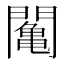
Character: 䦰